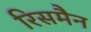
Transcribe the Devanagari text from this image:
रिसमैन